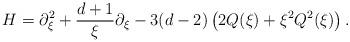
LaTeX: \begin{align*} H = \partial_\xi^2 + \frac{d+1}{\xi} \partial_\xi -3(d-2) \left( 2Q(\xi) + \xi^2 Q^2(\xi) \right). \end{align*}